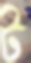
ট